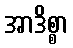
အာဒိစ္စာ